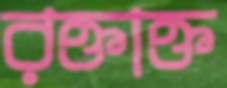
রক্তাক্ত